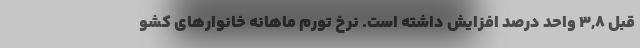
قبل ٣,٨ واحد درصد افزایش داشته است. نرخ تورم ماهانه خانوارهای کشو